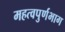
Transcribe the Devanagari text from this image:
महत्वपुर्णभाग